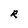
Character: R